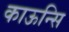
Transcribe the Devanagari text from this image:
काऊन्सि